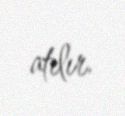
atılır.